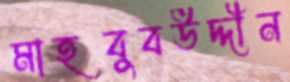
মাহবুবউদ্দীন